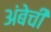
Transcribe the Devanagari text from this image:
अंबेची